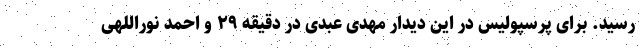
رسید. برای پرسپولیس در این دیدار مهدی عبدی در دقیقه ۲۹ و احمد نوراللهی